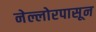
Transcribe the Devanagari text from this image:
नेल्लोरपासून